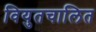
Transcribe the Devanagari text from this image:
वियुतचालित